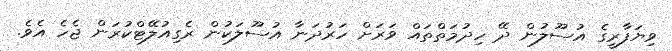
ވިޔަފާރީގެ އުސޫލުން ދޭ ހިދުމަތްތައް ވަރަށް ހަރުދަނާ އުސޫލަކުން ރެގިއުލޭޓްކުރަން ޖެހެ އެވެ.